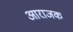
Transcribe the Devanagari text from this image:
आराजक